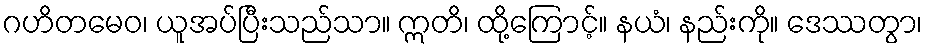
ဂဟိတမေဝ၊ ယူအပ်ပြီးသည်သာ။ ဣတိ၊ ထို့ကြောင့်။ နယံ၊ နည်းကို။ ဒေဿတွာ၊